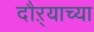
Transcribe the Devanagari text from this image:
दौऱ्याच्या